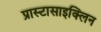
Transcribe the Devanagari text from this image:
प्रास्टासाइक्लिन